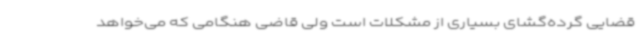
قضایی گرده‌گشای بسیاری از مشکلات است ولی قاضی هنگامی که می‌خواهد